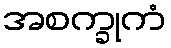
အစက္ခုကံ